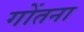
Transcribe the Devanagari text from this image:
गोंतना